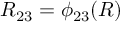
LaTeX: R _ { 2 3 } = \phi _ { 2 3 } ( R )